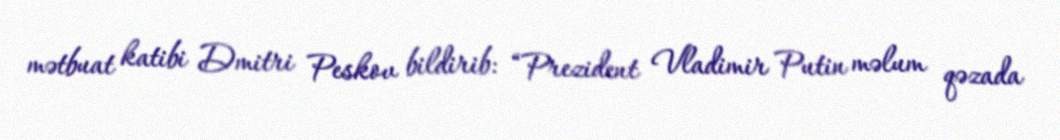
mətbuat katibi Dmitri Peskov bildirib: “Prezident Vladimir Putin məlum qəzada